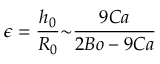
{ \epsilon } = \frac { h _ { 0 } } { R _ { 0 } } { \sim } \frac { 9 C a } { 2 B o - 9 C a }